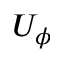
U _ { \phi }